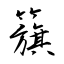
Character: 籏